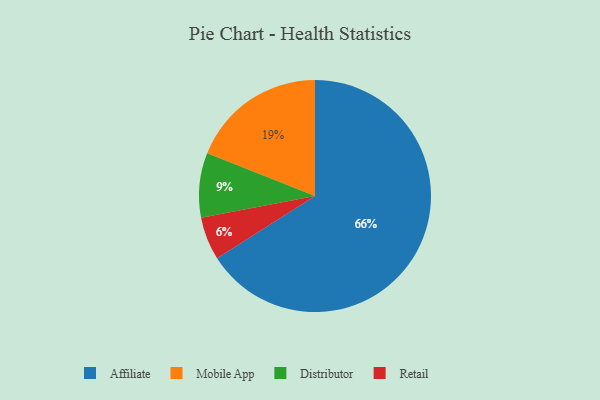
{"axis": {"x": "Category", "y": "Percentage"}, "legend": ["Affiliate", "Distributor", "Mobile App", "Retail"], "data": [{"x": "Mobile App", "y": 19, "type": "Mobile App"}, {"x": "Affiliate", "y": 66, "type": "Affiliate"}, {"x": "Distributor", "y": 9, "type": "Distributor"}, {"x": "Retail", "y": 6, "type": "Retail"}]}